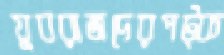
যুবরাজদেরপট্‌ক